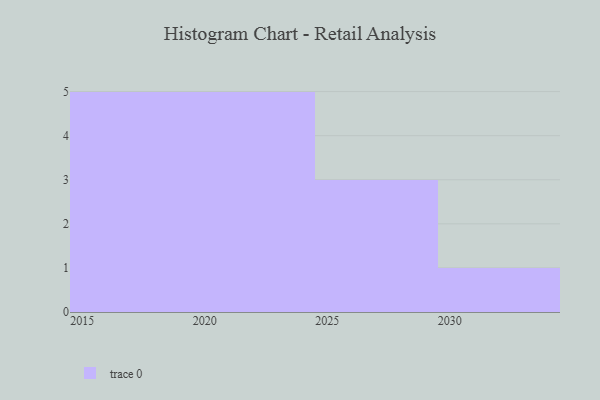
{"axis": {"x": "Year", "y": "Inventory Turnover"}, "legend": [""], "data": [{"x": "2017", "y": 13, "type": ""}, {"x": "2028", "y": 10, "type": ""}, {"x": "2020", "y": 49, "type": ""}, {"x": "2030", "y": 28, "type": ""}, {"x": "2024", "y": 38, "type": ""}, {"x": "2018", "y": 45, "type": ""}, {"x": "2023", "y": 48, "type": ""}, {"x": "2022", "y": 35, "type": ""}, {"x": "2025", "y": 12, "type": ""}, {"x": "2016", "y": 78, "type": ""}, {"x": "2019", "y": 29, "type": ""}, {"x": "2027", "y": 6, "type": ""}, {"x": "2015", "y": 58, "type": ""}, {"x": "2021", "y": 33, "type": ""}]}